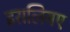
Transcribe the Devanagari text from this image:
इसलियए